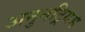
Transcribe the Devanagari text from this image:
अनुनट्रियम